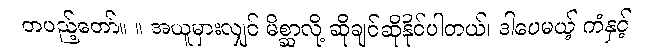
တပည့်တော်။ ။ အယူမှားလျှင် မိစ္ဆာလို့ ဆိုချင်ဆိုနိုင်ပါတယ်၊ ဒါပေမယ့် ကံနှင့်